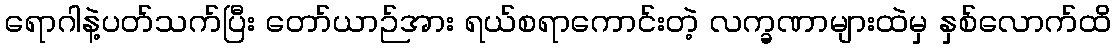
ရောဂါနဲ့ပတ်သက်ပြီး တော်ယာဉ်အား ရယ်စရာကောင်းတဲ့ လက္ခဏာများထဲမှ နှစ်လောက်ထိ